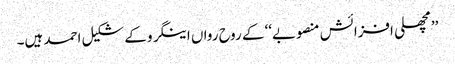
’’مچھلی افزائش منصوبے‘‘ کے روح رواں اینگرو کے شکیل احمد ہیں۔